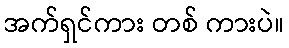
အက်ရှင်ကား တစ် ကားပဲ။